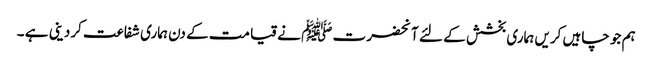
ہم جو چاہیں کریں ہماری بخشش کے لئے آنحضرت ﷺ نے قیامت کے دن ہماری شفاعت کردینی ہے ۔